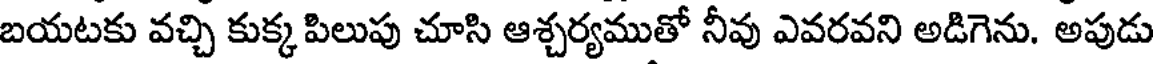
బయటకు వచ్చి కుక్క పిలుపు చూసి ఆశ్చర్యముతో నీవు ఎవరవని అడిగెను. అపుడు